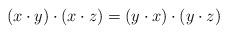
LaTeX: \begin{align*}(x\cdot y)\cdot (x\cdot z)=(y\cdot x)\cdot (y\cdot z)\end{align*}